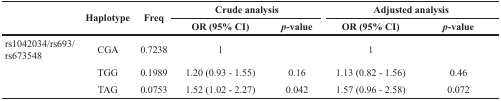
<table><thead><tr><td rowspan="2"></td><td rowspan="2"><b>Haplotype</b></td><td rowspan="2"><b>Freq</b></td><td colspan="2"><b>Crude analysis</b></td><td colspan="2"><b>Adjusted analysis</b></td></tr><tr><td><b>OR (95% CI)</b></td><td><b><i>p</i>-value</b></td><td><b>OR (95% CI)</b></td><td><b><i>p</i>-value</b></td></tr></thead><tbody><tr><td>rs1042034/rs693/rs673548</td><td>CGA</td><td>0.7238</td><td>1</td><td></td><td>1</td><td></td></tr><tr><td></td><td>TGG</td><td>0.1989</td><td>1.20 (0.93 - 1.55)</td><td>0.16</td><td>1.13 (0.82 - 1.56)</td><td>0.46</td></tr><tr><td></td><td>TAG</td><td>0.0753</td><td>1.52 (1.02 - 2.27)</td><td>0.042</td><td>1.57 (0.96 - 2.58)</td><td>0.072</td></tr></tbody></table>